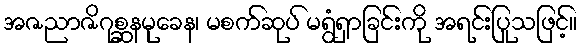
အဇညာဇိဂုစ္ဆနမုခေန၊ မစက်ဆုပ် မရွံရှာခြင်းကို အရင်းပြုသဖြင့်။